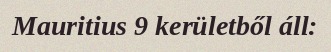
Mauritius 9 kerületből áll: